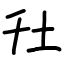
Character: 圱